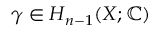
\gamma \in H _ { n - 1 } ( X ; \mathbb { C } )